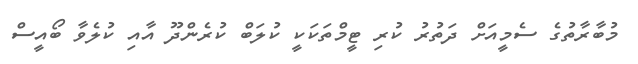
މުބާރާތުގެ ސެމީއަށް ދަތުރު ކުރި ޓީމްތަކަކީ ކުލަބް ކުރެންދޫ އާއި ކުލެވާ ބޯއީސް